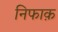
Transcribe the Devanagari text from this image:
निफाक़